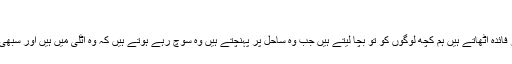
‘
وہ بتاتے ہیں کہ ’ان لوگوں کا انسانی سمگلر بہت ناجائز فائدہ اٹھاتے ہیں ہم کچھ لوگوں کو تو بچا لیتے ہیں جب وہ ساحل پر پہنچتے ہیں وہ سوچ رہے ہوتے ہیں کہ وہ اٹلی میں ہیں اور سبھی نہیں مرتے کچھ بچ بھی جاتے ہیں اور پہنچ جاتے ہیں۔